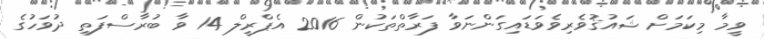
ވީމާ މިކަމަށް ޝައުޤުވެރިވެވަޑައިގަންނަވާ ފަރާތްތަކުން 2016 އެޕްރީލް 14 ވާ ބުރާސްފަތި ދުވަހުގެ